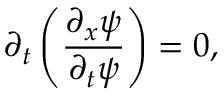
\partial _ { t } \left( \frac { \partial _ { x } \psi } { \partial _ { t } \psi } \right) = 0 ,